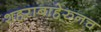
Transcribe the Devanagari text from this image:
शहराबाहेरुनच